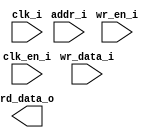
/*******************************************************************************
    Verilog netlist generated by IPGEN Radiant
    Soft IP Version: 1.0.0
    Fri Jun 08 15:32:25 2018
*******************************************************************************/
/*******************************************************************************
    Wrapper Module generated per user settings.
*******************************************************************************/
module rom_himax_cfg_324_dim_maxfps (clk_i, clk_en_i, wr_en_i, wr_data_i,
    addr_i, rd_data_o)/* synthesis syn_black_box syn_declare_black_box=1 */;
    input  clk_i;
    input  clk_en_i;
    input  wr_en_i;
    input  [15:0]  wr_data_i;
    input  [7:0]  addr_i;
    output  [15:0]  rd_data_o;
endmodule